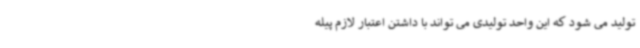
تولید می شود که این واحد تولیدی می تواند با داشتن اعتبار لازم پیله